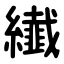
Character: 纎